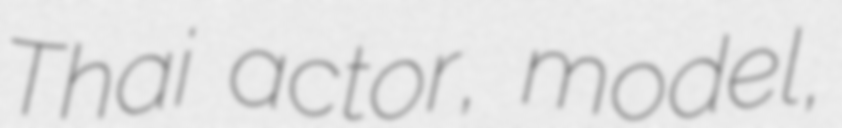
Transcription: Thai actor, model,